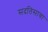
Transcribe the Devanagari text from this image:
सदतिसावा